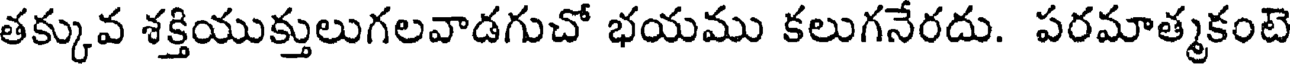
తక్కువ శక్తియుక్తులుగలవాడగుచో భయము కలుగనేరదు. పరమాత్మకంటె